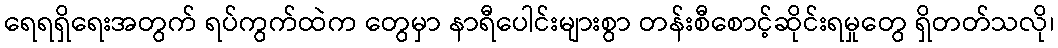
ရေရရှိရေးအတွက် ရပ်ကွက်ထဲက တွေမှာ နာရီပေါင်းများစွာ တန်းစီစောင့်ဆိုင်းရမှုတွေ ရှိတတ်သလို၊